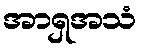
အာရှအသံ